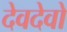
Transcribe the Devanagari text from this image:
देवदेवो